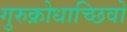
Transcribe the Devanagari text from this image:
गुरुक्रोधाच्छिवो